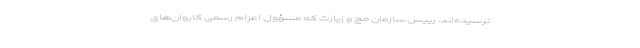
نرسیده‌اند. رییس سازمان حج و زیارت که مسؤول اعزام رسمی کاروان‌های